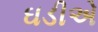
ઘડીએ